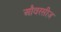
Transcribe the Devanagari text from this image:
औवरसीज़